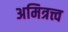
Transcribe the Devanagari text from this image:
अमित्रत्त्व